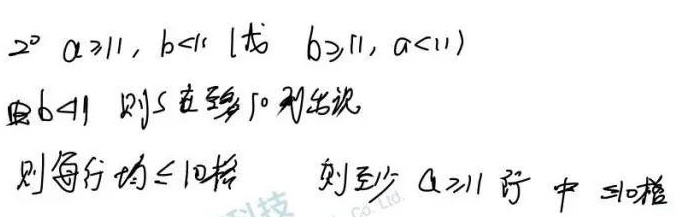
$2^{\circ}\ a\geq11,\ b < 11$（或 $b\geq11,\ a < 11$）。由 $b < 11$，则 5 在第 10 列右边，那么每行均 $\leq10$ 格，所以至少 $a\geq11$ 行中 $\geq10$ 格。